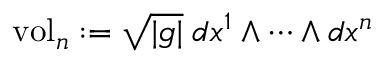
\operatorname { v o l } _ { n } : = { \sqrt { | g | } } \; d x ^ { 1 } \wedge \cdots \wedge d x ^ { n }